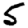
Digit: 5